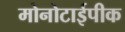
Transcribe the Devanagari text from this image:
मोनोटाईपीक